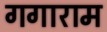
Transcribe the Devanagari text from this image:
गगाराम